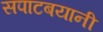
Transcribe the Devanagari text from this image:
सपाटबयानी